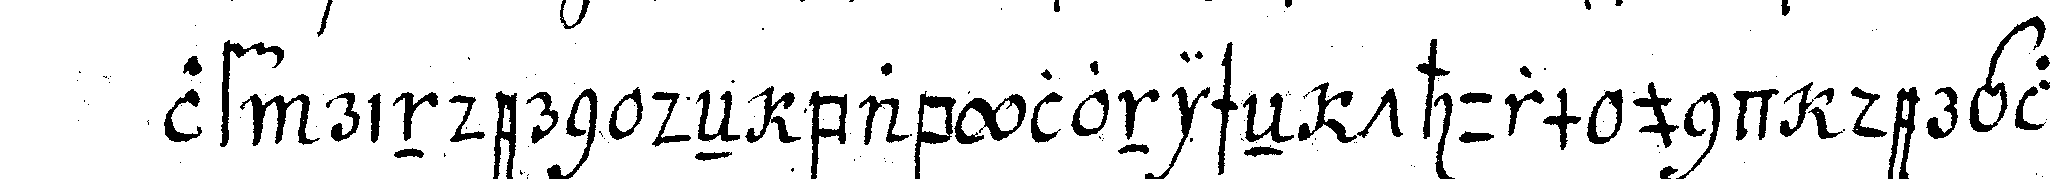
lf rindern deN babylonischeN thurm und dergleicheN